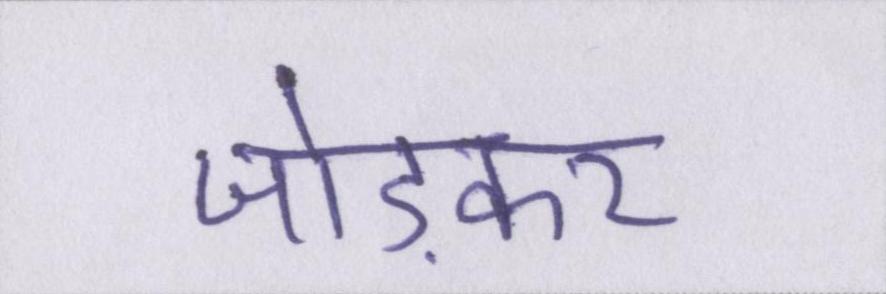
जोड़कर